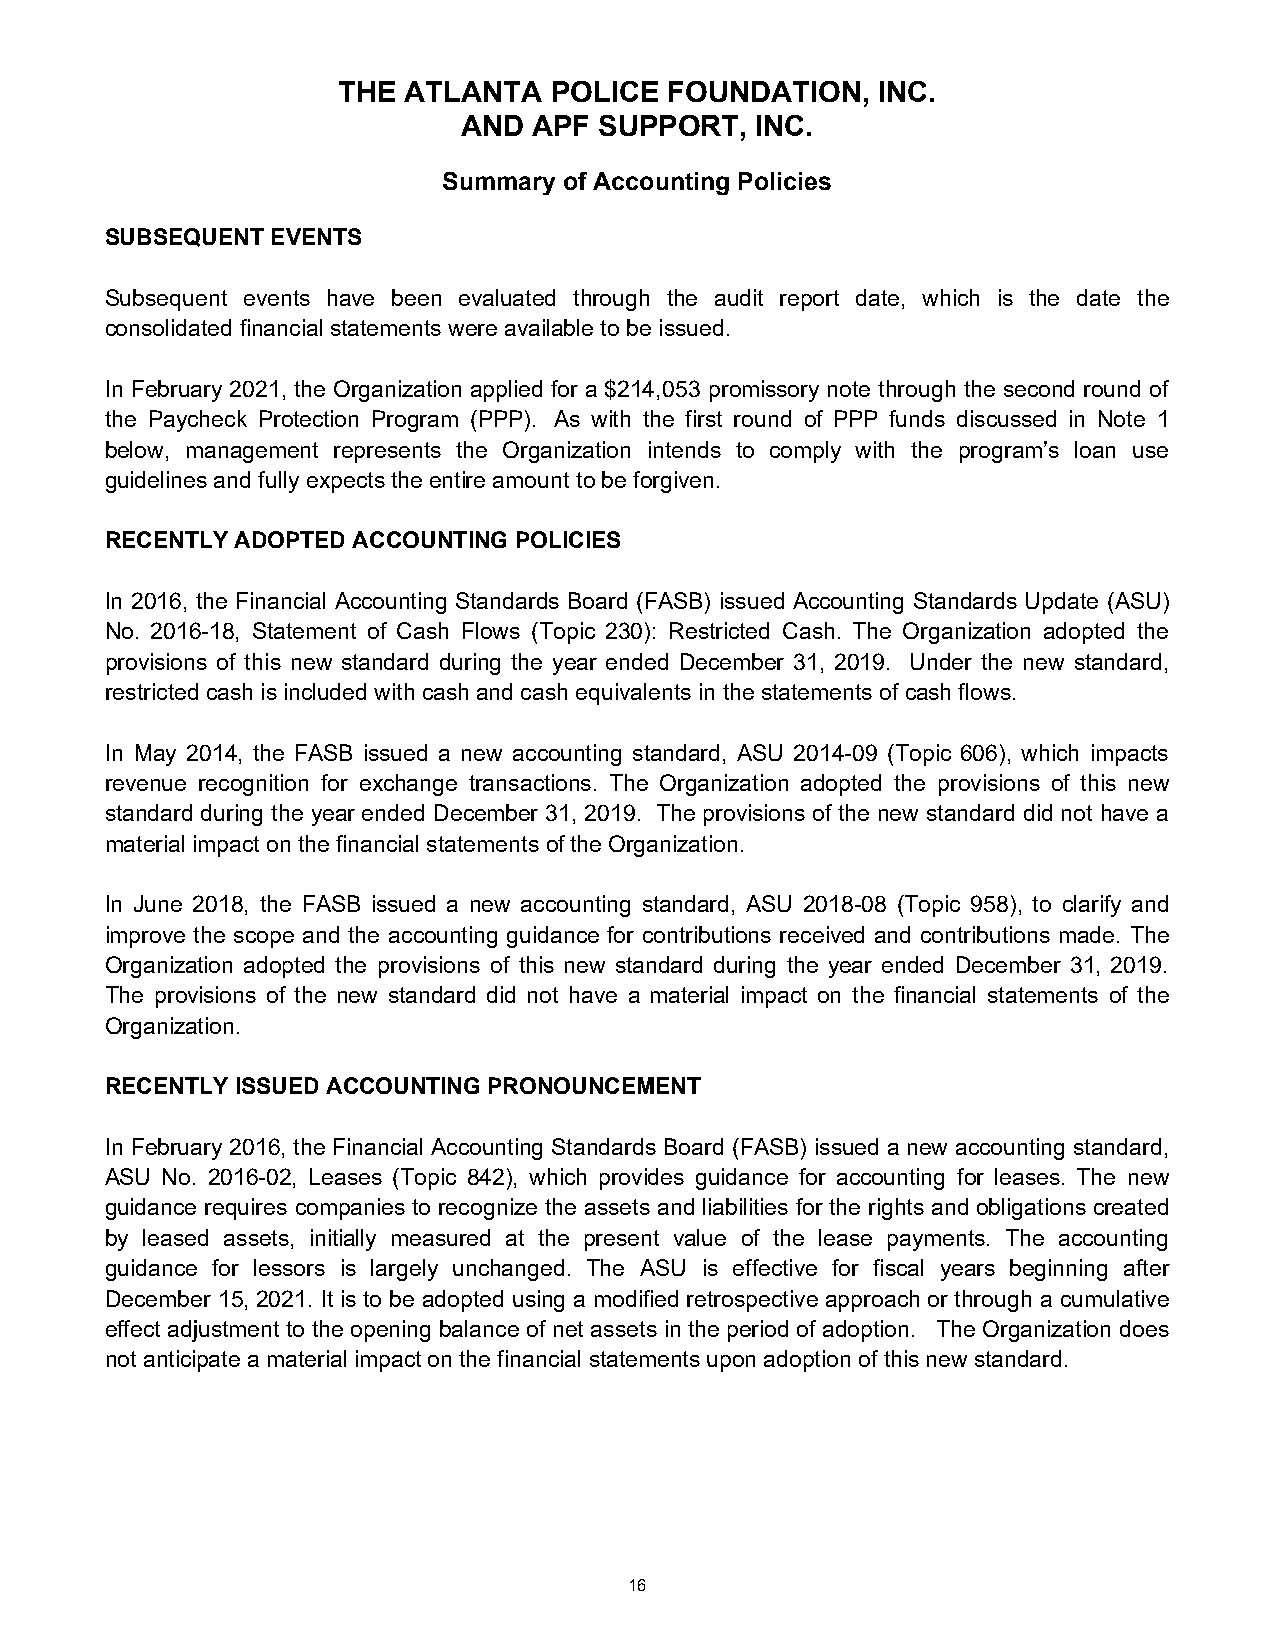
THE  ATLANTA  POLICE  FOUNDATION,   INC.
 AND APF  SUPPORT,  INC.
 Summary of Accounting Policies
 SUBSEQUENT EVENTS
 Subsequent events have been evaluated through the audit report date, which is the date the
 consolidated financial statements were available to be issued.
 In February 2021, the Organization applied for a $214,053 promissory note through the second round of
 the Paycheck Protection Program (PPP). As with the first round of PPP funds discussed in Note 1
 below, management represents the Organization intends to comply with the program’s loan use
 guidelines and fully expects the entire amount to be forgiven.
 RECENTLY ADOPTED ACCOUNTING POLICIES
 In 2016, the Financial Accounting Standards Board (FASB) issued Accounting Standards Update (ASU)
 No. 2016-18, Statement of Cash Flows (Topic 230): Restricted Cash. The Organization adopted the
 provisions of this new standard during the year ended December 31, 2019. Under the new standard,
 restricted cash is included with cash and cash equivalents in the statements of cash flows.
 In May 2014, the FASB issued a new accounting standard, ASU 2014-09 (Topic 606), which impacts
 revenue recognition for exchange transactions. The Organization adopted the provisions of this new
 standard during the year ended December 31, 2019. The provisions of the new standard did not have a
 material impact on the financial statements of the Organization.
 In June 2018, the FASB issued a new accounting standard, ASU 2018-08 (Topic 958), to clarify and
 improve the scope and the accounting guidance for contributions received and contributions made. The
 Organization adopted the provisions of this new standard during the year ended December 31, 2019.
 The provisions of the new standard did not have a material impact on the financial statements of the
 Organization.
 RECENTLY ISSUED ACCOUNTING PRONOUNCEMENT
 In February 2016, the Financial Accounting Standards Board (FASB) issued a new accounting standard,
 ASU No. 2016-02, Leases (Topic 842), which provides guidance for accounting for leases. The new
 guidance requires companies to recognize the assets and liabilities for the rights and obligations created
 by leased assets, initially measured at the present value of the lease payments. The accounting
 guidance for lessors is largely unchanged. The ASU is effective for fiscal years beginning after
 December 15, 2021. It is to be adopted using a modified retrospective approach or through a cumulative
 effect adjustment to the opening balance of net assets in the period of adoption. The Organization does
 not anticipate a material impact on the financial statements upon adoption of this new standard.
 16